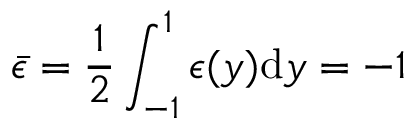
\bar { \epsilon } = \frac { 1 } { 2 } \int _ { - 1 } ^ { 1 } \epsilon ( y ) \mathrm { d } y = - 1